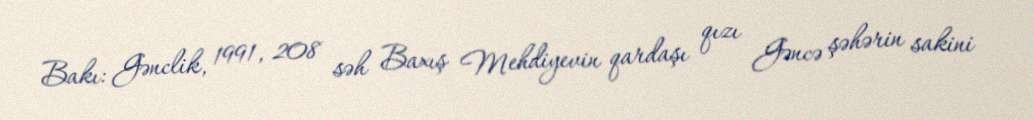
Bakı: Gənclik, 1991, 208 səh Baxış Mehdiyevin qardaşı qızı Gəncə şəhərin sakini